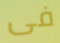
فى